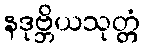
နဒုဗ္ဘိယသုတ္တံ